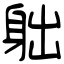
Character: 䠳